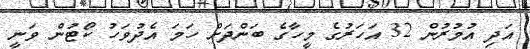
އަދި އުމުރުން 32 އަހަރުގެ މީހާގެ ބަންދަށް ހަމަ އެދުވަހު ކޯޓުން ވަނީ